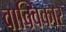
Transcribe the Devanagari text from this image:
वाक्विकार